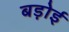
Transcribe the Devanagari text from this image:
बड़ोई